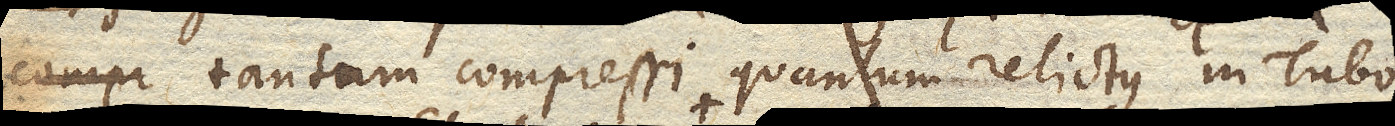
tantum compressi quantum relictus in Tubo